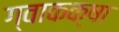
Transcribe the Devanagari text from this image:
ग्वाकक्षा